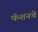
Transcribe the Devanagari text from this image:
फॅशनचे